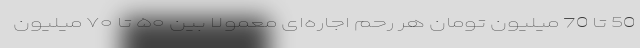
50 تا 70 میلیون تومان هر رحم اجاره‌ای معمولاً بین ۵۰ تا ۷۰ میلیون